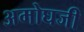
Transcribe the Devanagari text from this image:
अमोघजी